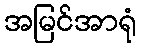
အမြင်အာရုံ